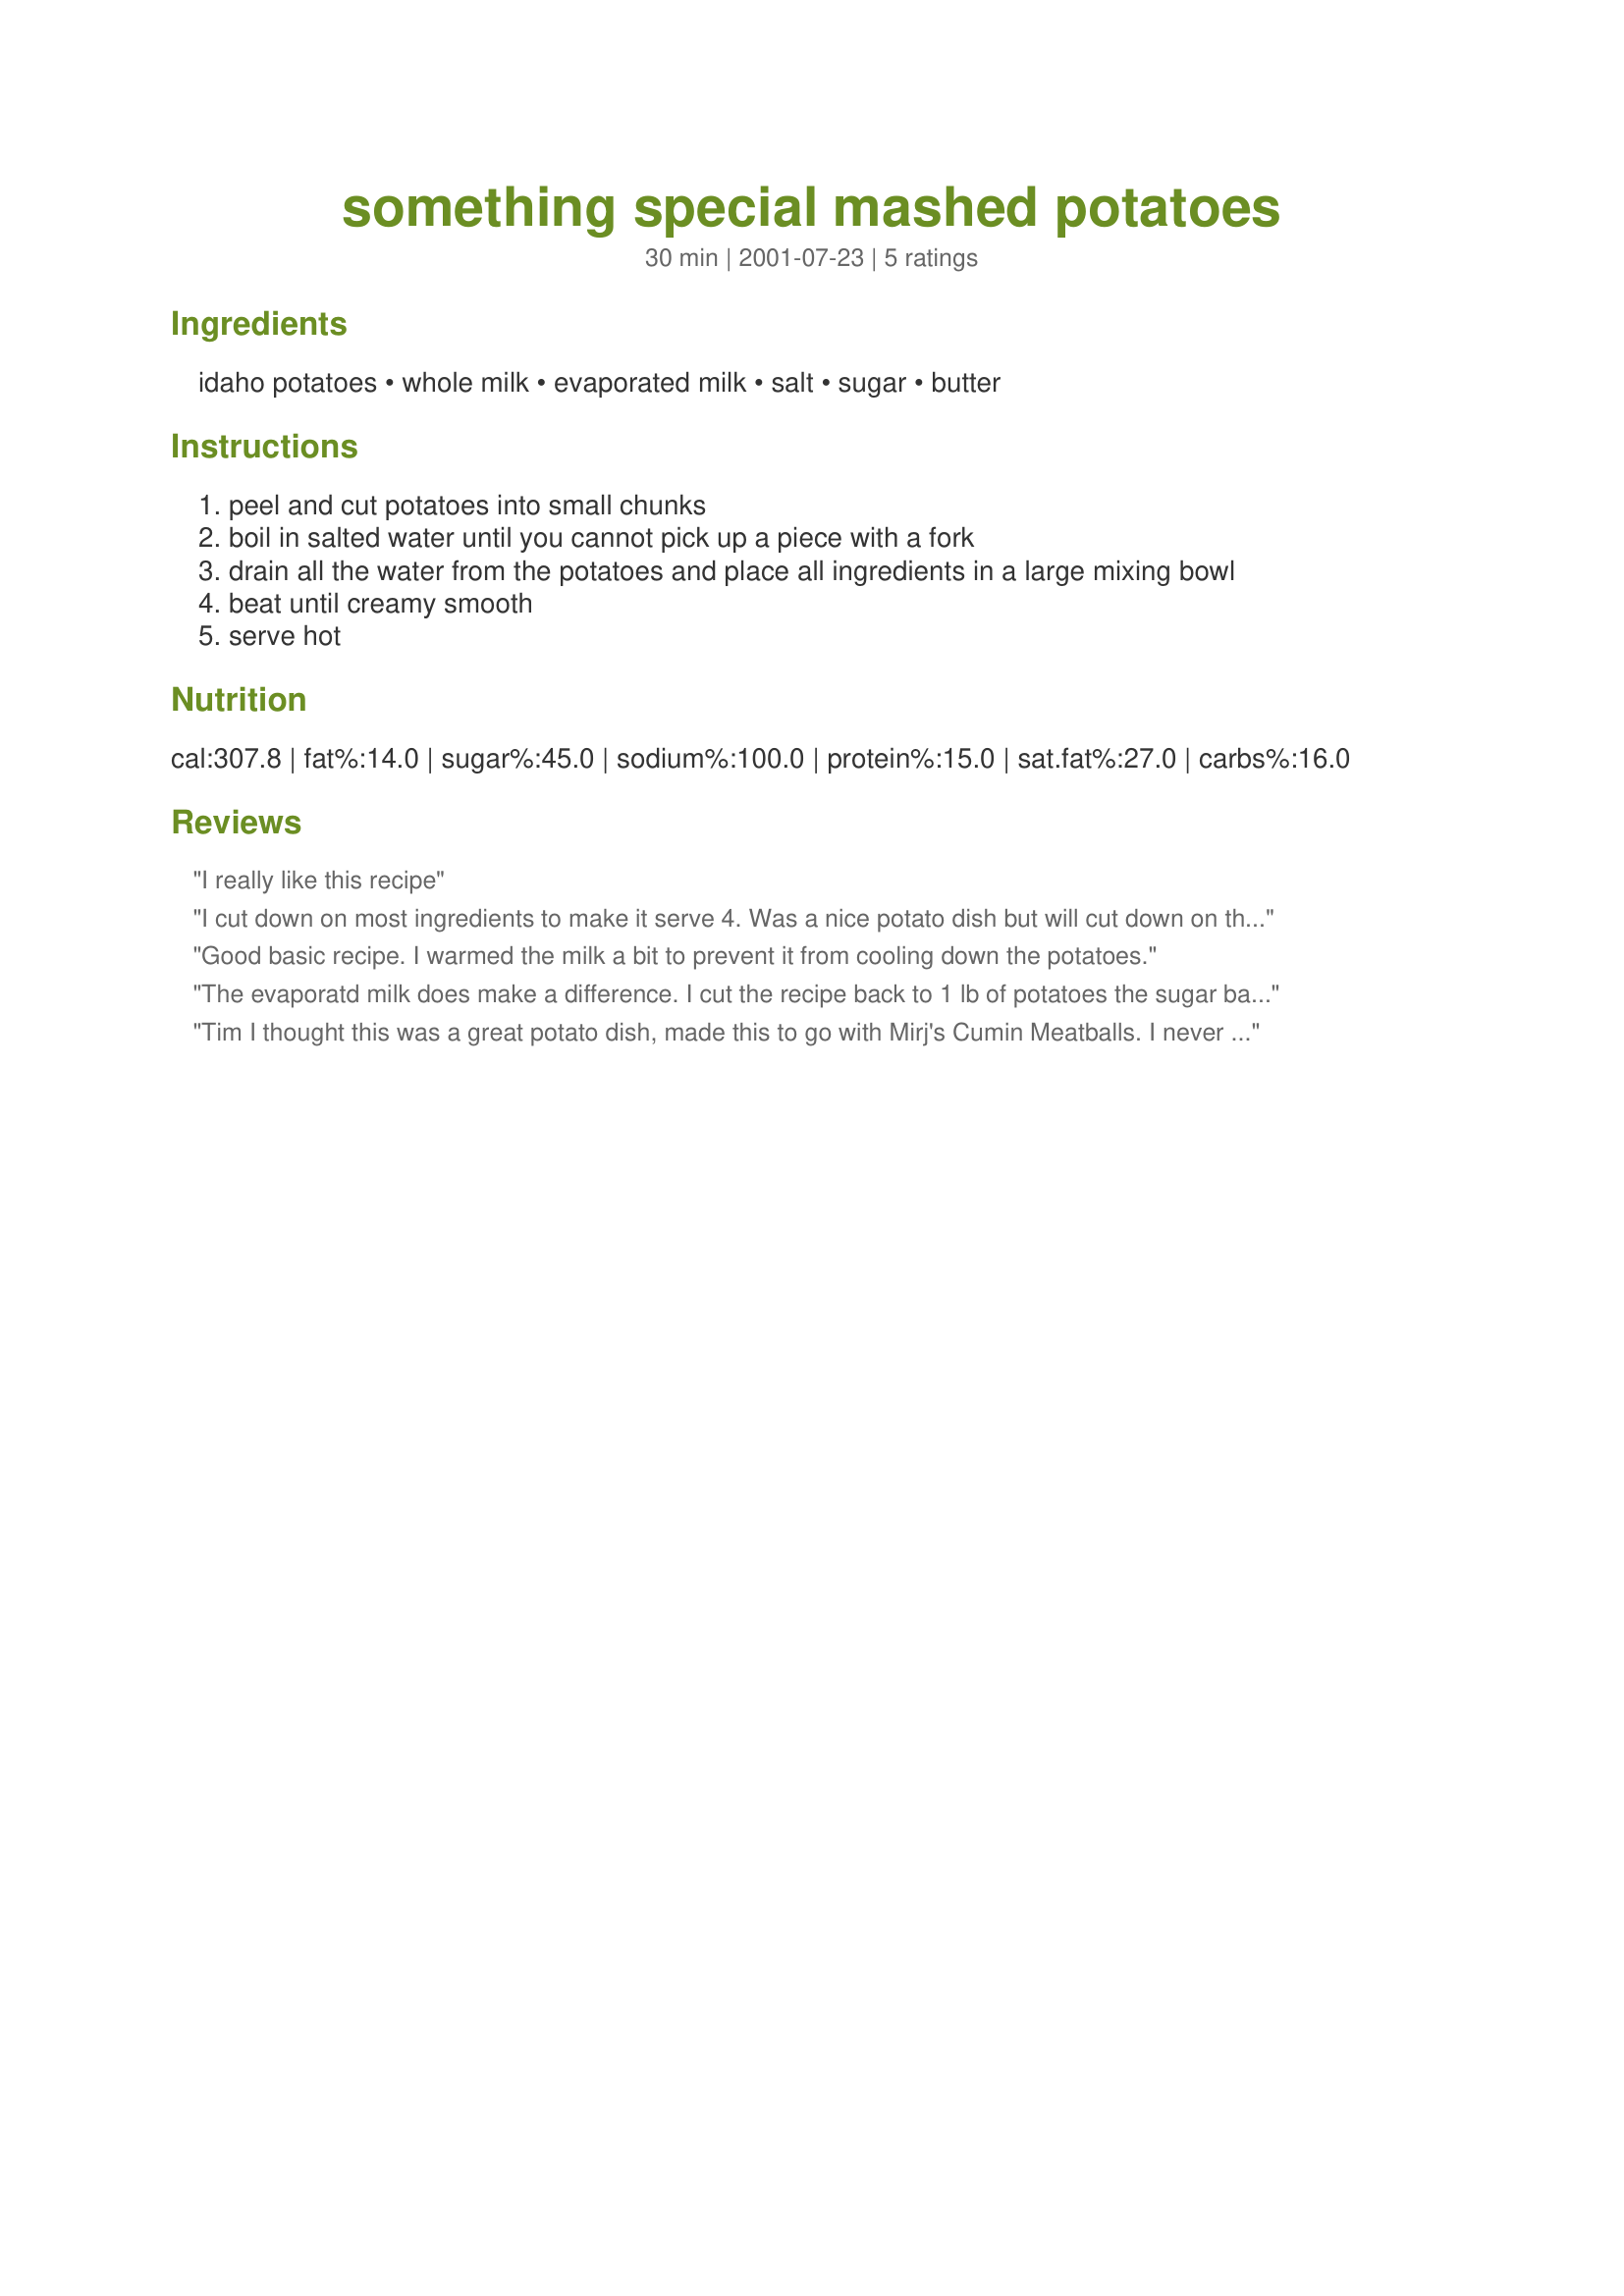
something special mashed potatoes
Preparation time: 30 minutes

Ingredients:
idaho potatoes, whole milk, evaporated milk, salt, sugar, butter

Steps:
peel and cut potatoes into small chunks
boil in salted water until you cannot pick up a piece with a fork
drain all the water from the potatoes and place all ingredients in a large mixing bowl
beat until creamy smooth
serve hot

Reviews:
I really like this recipe
I cut down on most ingredients to make it serve 4.
Was a nice potato dish but will cut down on the sugar even more next time.
Thanks for posting. =)
Good basic recipe. I warmed the milk a bit to prevent it from cooling down the potatoes.
The evaporatd milk does make a difference. I cut the recipe back to 1 lb of potatoes the sugar back to 1 tsp. The potatoes were lovely & light Thanks Tim for adding a new touch to the old tradition of mashed potatoes
Tim I thought this was a great potato dish, made this to go with Mirj's Cumin Meatballs. I never used the whole amount of sugar I thought it would be too sweet for my taste, but still turned out excellant.
